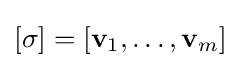
\textstyle [\sigma ]=[\mathbf {v} _{1},\ldots ,\mathbf {v} _{m}]